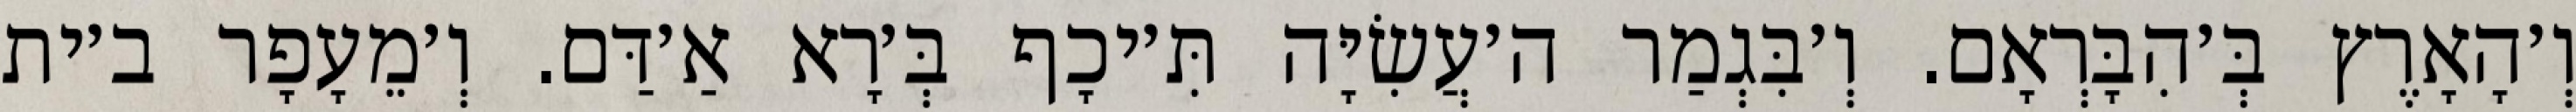
וְ׳הָאָרֶץ בְּ׳הִבָּרְאָם. וְ׳בִּגְמַר ה׳עֲשִׂיָּה תִּ׳יכָף בְּ׳רָא אַ׳דַּם. וְ׳מֵעָפָר ב׳ית